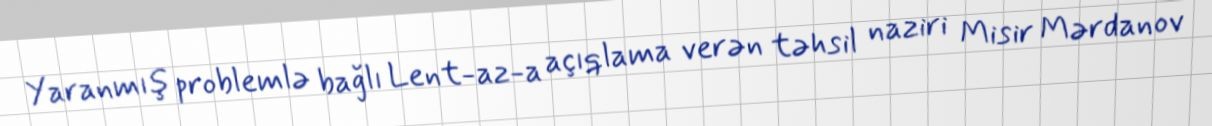
Yaranmış problemlə bağlı Lent-az-a açıqlama verən təhsil naziri Misir Mərdanov